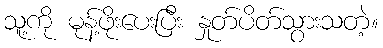
သူ့ကို မုန့်ဖိုးပေးပြီး နှုတ်ပိတ်သွားသတဲ့။